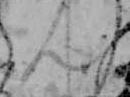
ん